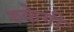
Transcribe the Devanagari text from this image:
रुकेगी